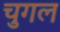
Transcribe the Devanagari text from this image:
चुगल